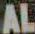
AL